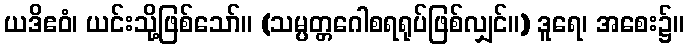
ယဒိဧဝံ၊ ယင်းသို့ဖြစ်သော်။ (သမ္ပတ္တဂေါစရရုပ်ဖြစ်လျှင်။) ဒူရေ၊ အစေး၌။